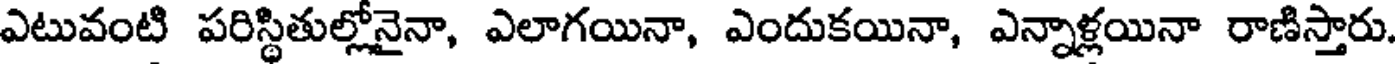
ఎటువంటి పరిస్థితుల్లోనైనా, ఎలాగయినా, ఎందుకయినా, ఎన్నాళ్లయినా రాణిస్తారు.